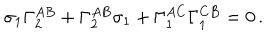
LaTeX: \sigma _ { 1 } \Gamma _ { 2 } ^ { A B } + \Gamma _ { 2 } ^ { A B } \sigma _ { 1 } + \Gamma _ { 1 } ^ { A C } \Gamma _ { 1 } ^ { C B } = 0 \, .